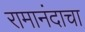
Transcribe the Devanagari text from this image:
रामानंदाचा